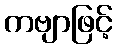
ကဗျာဖြင့်